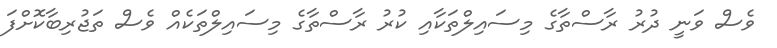
ވެސް ވަނީ ދުރު ރާސްތާގެ މިސައިލްތަކާއި ކުރު ރާސްތާގެ މިސައިލްތަކެއް ވެސް ތަޖުރިބާކޮށްފަ